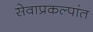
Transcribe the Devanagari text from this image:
सेवाप्रकल्पांत